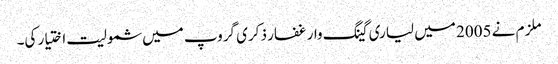
ملزم نے 2005 میں لیاری گینگ وار غفار ذکری گروپ میں شمولیت اختیار کی۔